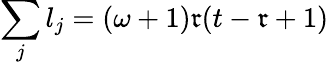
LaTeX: \sum_{j}l_{j}=(\omega+1)\mathfrak{r}(t-\mathfrak{r}+1)